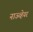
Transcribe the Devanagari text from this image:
नाऊव्हेयर